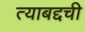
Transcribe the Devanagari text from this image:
त्याबद्दची